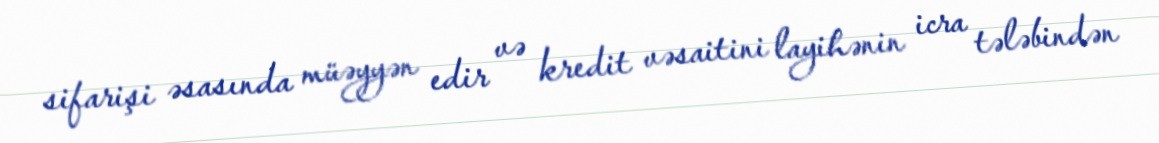
sifarişi əsasında müəyyən edir və kredit vəsaitini layihənin icra tələbindən